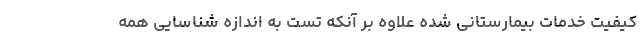
کیفیت خدمات بیمارستانی شده علاوه بر آنکه تست به اندازه شناسایی همه